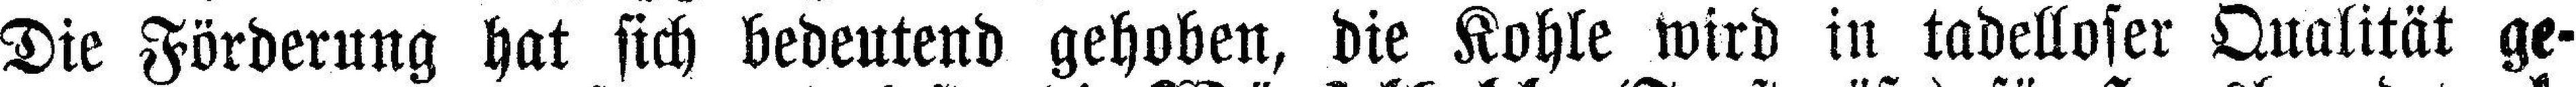
Die Förderung hat sich bedeutend gehoben, die Kohle wird in tadelloser Qualität ge¬